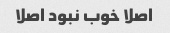
اصلا خوب نبود اصلا